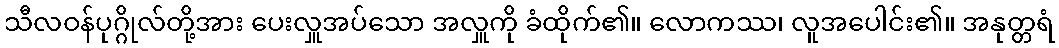
သီလဝန်ပုဂ္ဂိုလ်တို့အား ပေးလှူအပ်သော အလှူကို ခံထိုက်၏။ လောကဿ၊ လူအပေါင်း၏။ အနုတ္တရံ